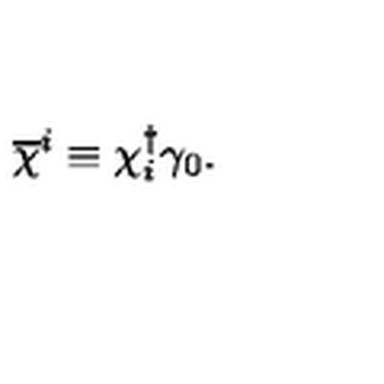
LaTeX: \overline { { \chi } } ^ { i } \equiv \chi _ { i } ^ { \dagger } \gamma _ { 0 } .